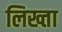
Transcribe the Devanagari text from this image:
लिख्ता